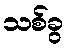
သစ်ခွ